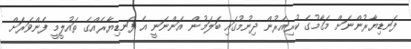
ފަނޑިޔާރުންނަށް މަގާމުގެ ކުރިއެރުން ދިނުމުގައި ބަލަމުން އަންނަނީ އެ ފަނޑިޔާރެއްގެ ތައުލީމީ ފެންވަރަށް